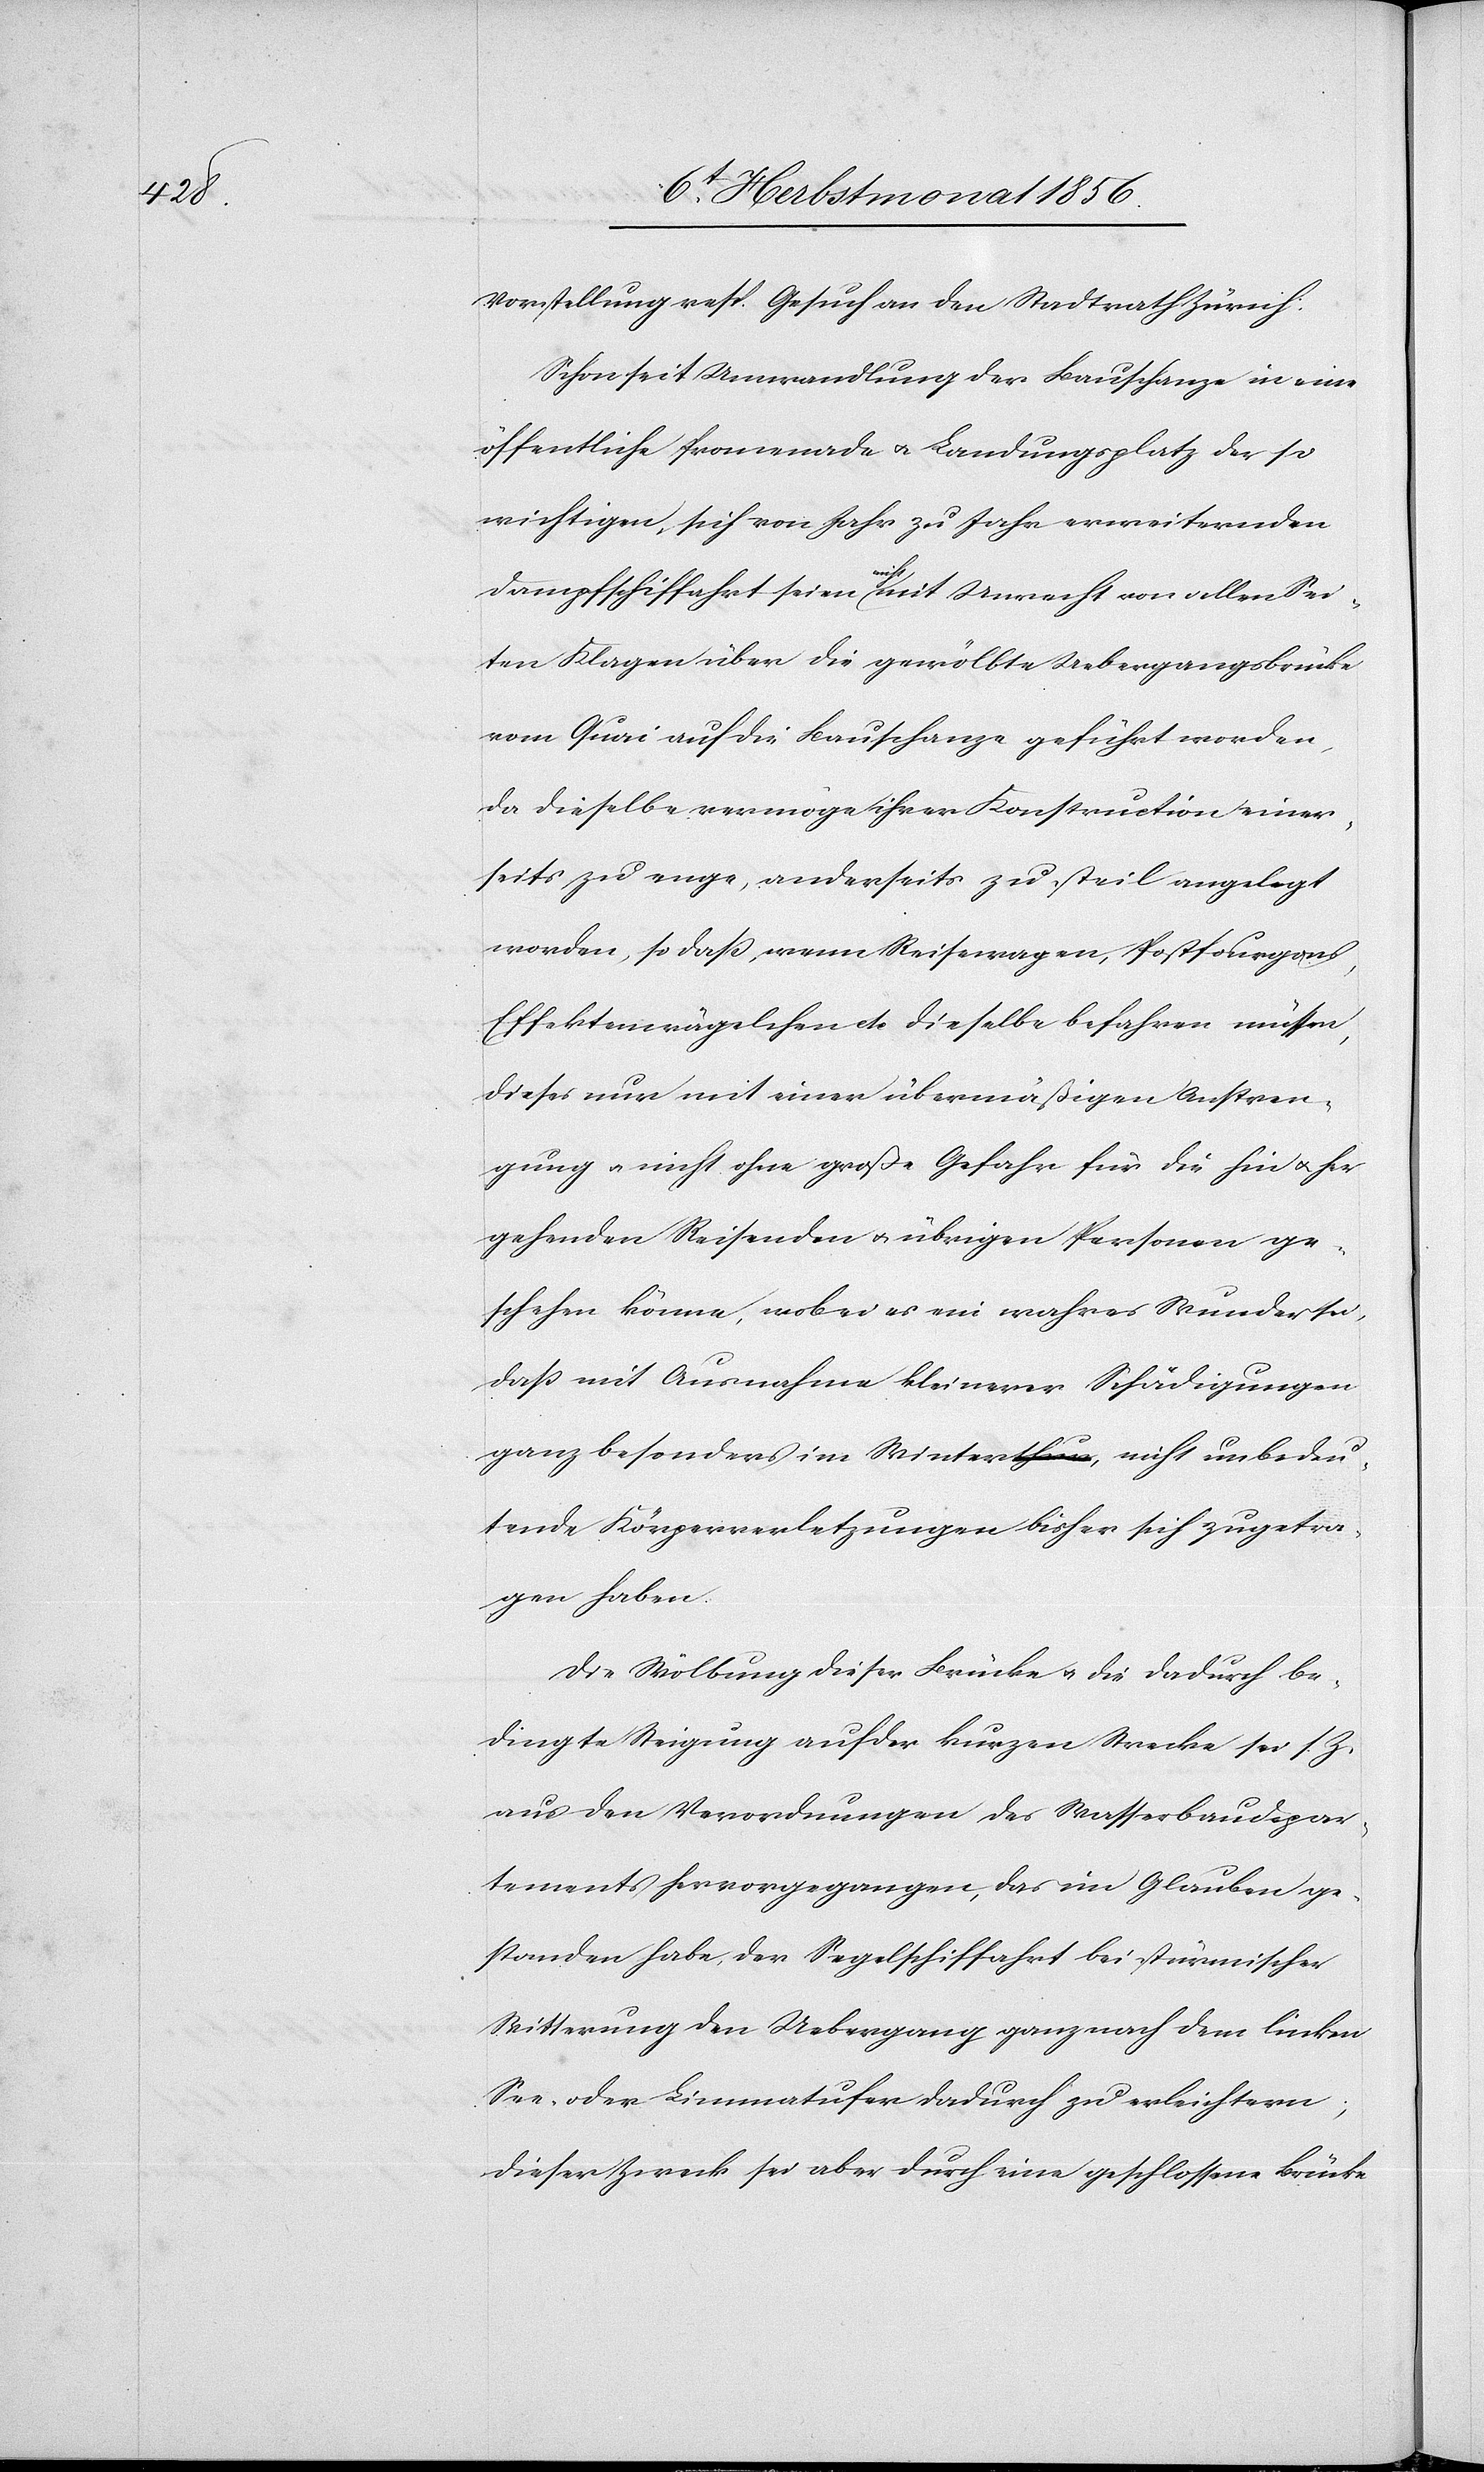
Vorstellung resp. Gesuch an den Stadtrath Zürich:
Schon seit Umwandlung der Bauschanze in eine
öffentliche Promenade u. Landungsplatz der so
wichtigen, sich von Jahr zu Jahr erweiternden
Dampfschiffahrt seien a-nicht-a mit Unrecht von allen Sei¬
ten Klagen über die gewölbte Uebergangsbrücke
vom Quai auf die Bauschanze geführt worden,
da dieselbe vermöge ihrer Konstruktion einer¬
seits zu enge, anderseits zu steil angelegt
worden, so dass, wenn Reisewagen, Postfourgons,
Effektenwägelchen etc dieselbe befahren müssen,
dieses nur mit einer übermäßigen Anstren¬
gung u. nicht ohne große Gefahr für die hin u. her
gehenden Reisenden u. übrigen Personen ge¬
schehen könne, wobei es ein wahres Wunder sei,
dass mit Ausnahme kleinerer Schädigungen
ganz besonders im Wintera-thur-a, nicht unbedeu¬
tende Körperverletzungen bisher sich zugetra¬
gen haben.
Die Wölbung dieser Brücke u. die dadurch be¬
dingte Steigung auf der kurzen Strecke sei s. Z.
aus den Verordnungen des Wasserbaudepar¬
tements hervorgegangen, das im Glauben ge¬
standen habe, der Segelschiffahrt bei stürmischer
Witterung den Uebergang ganz nach dem linken
See- oder Limmatufer dadurch zu erleichtern;
dieser Zweck sei aber durch eine geschlossene Brücke